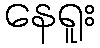
နေရူး